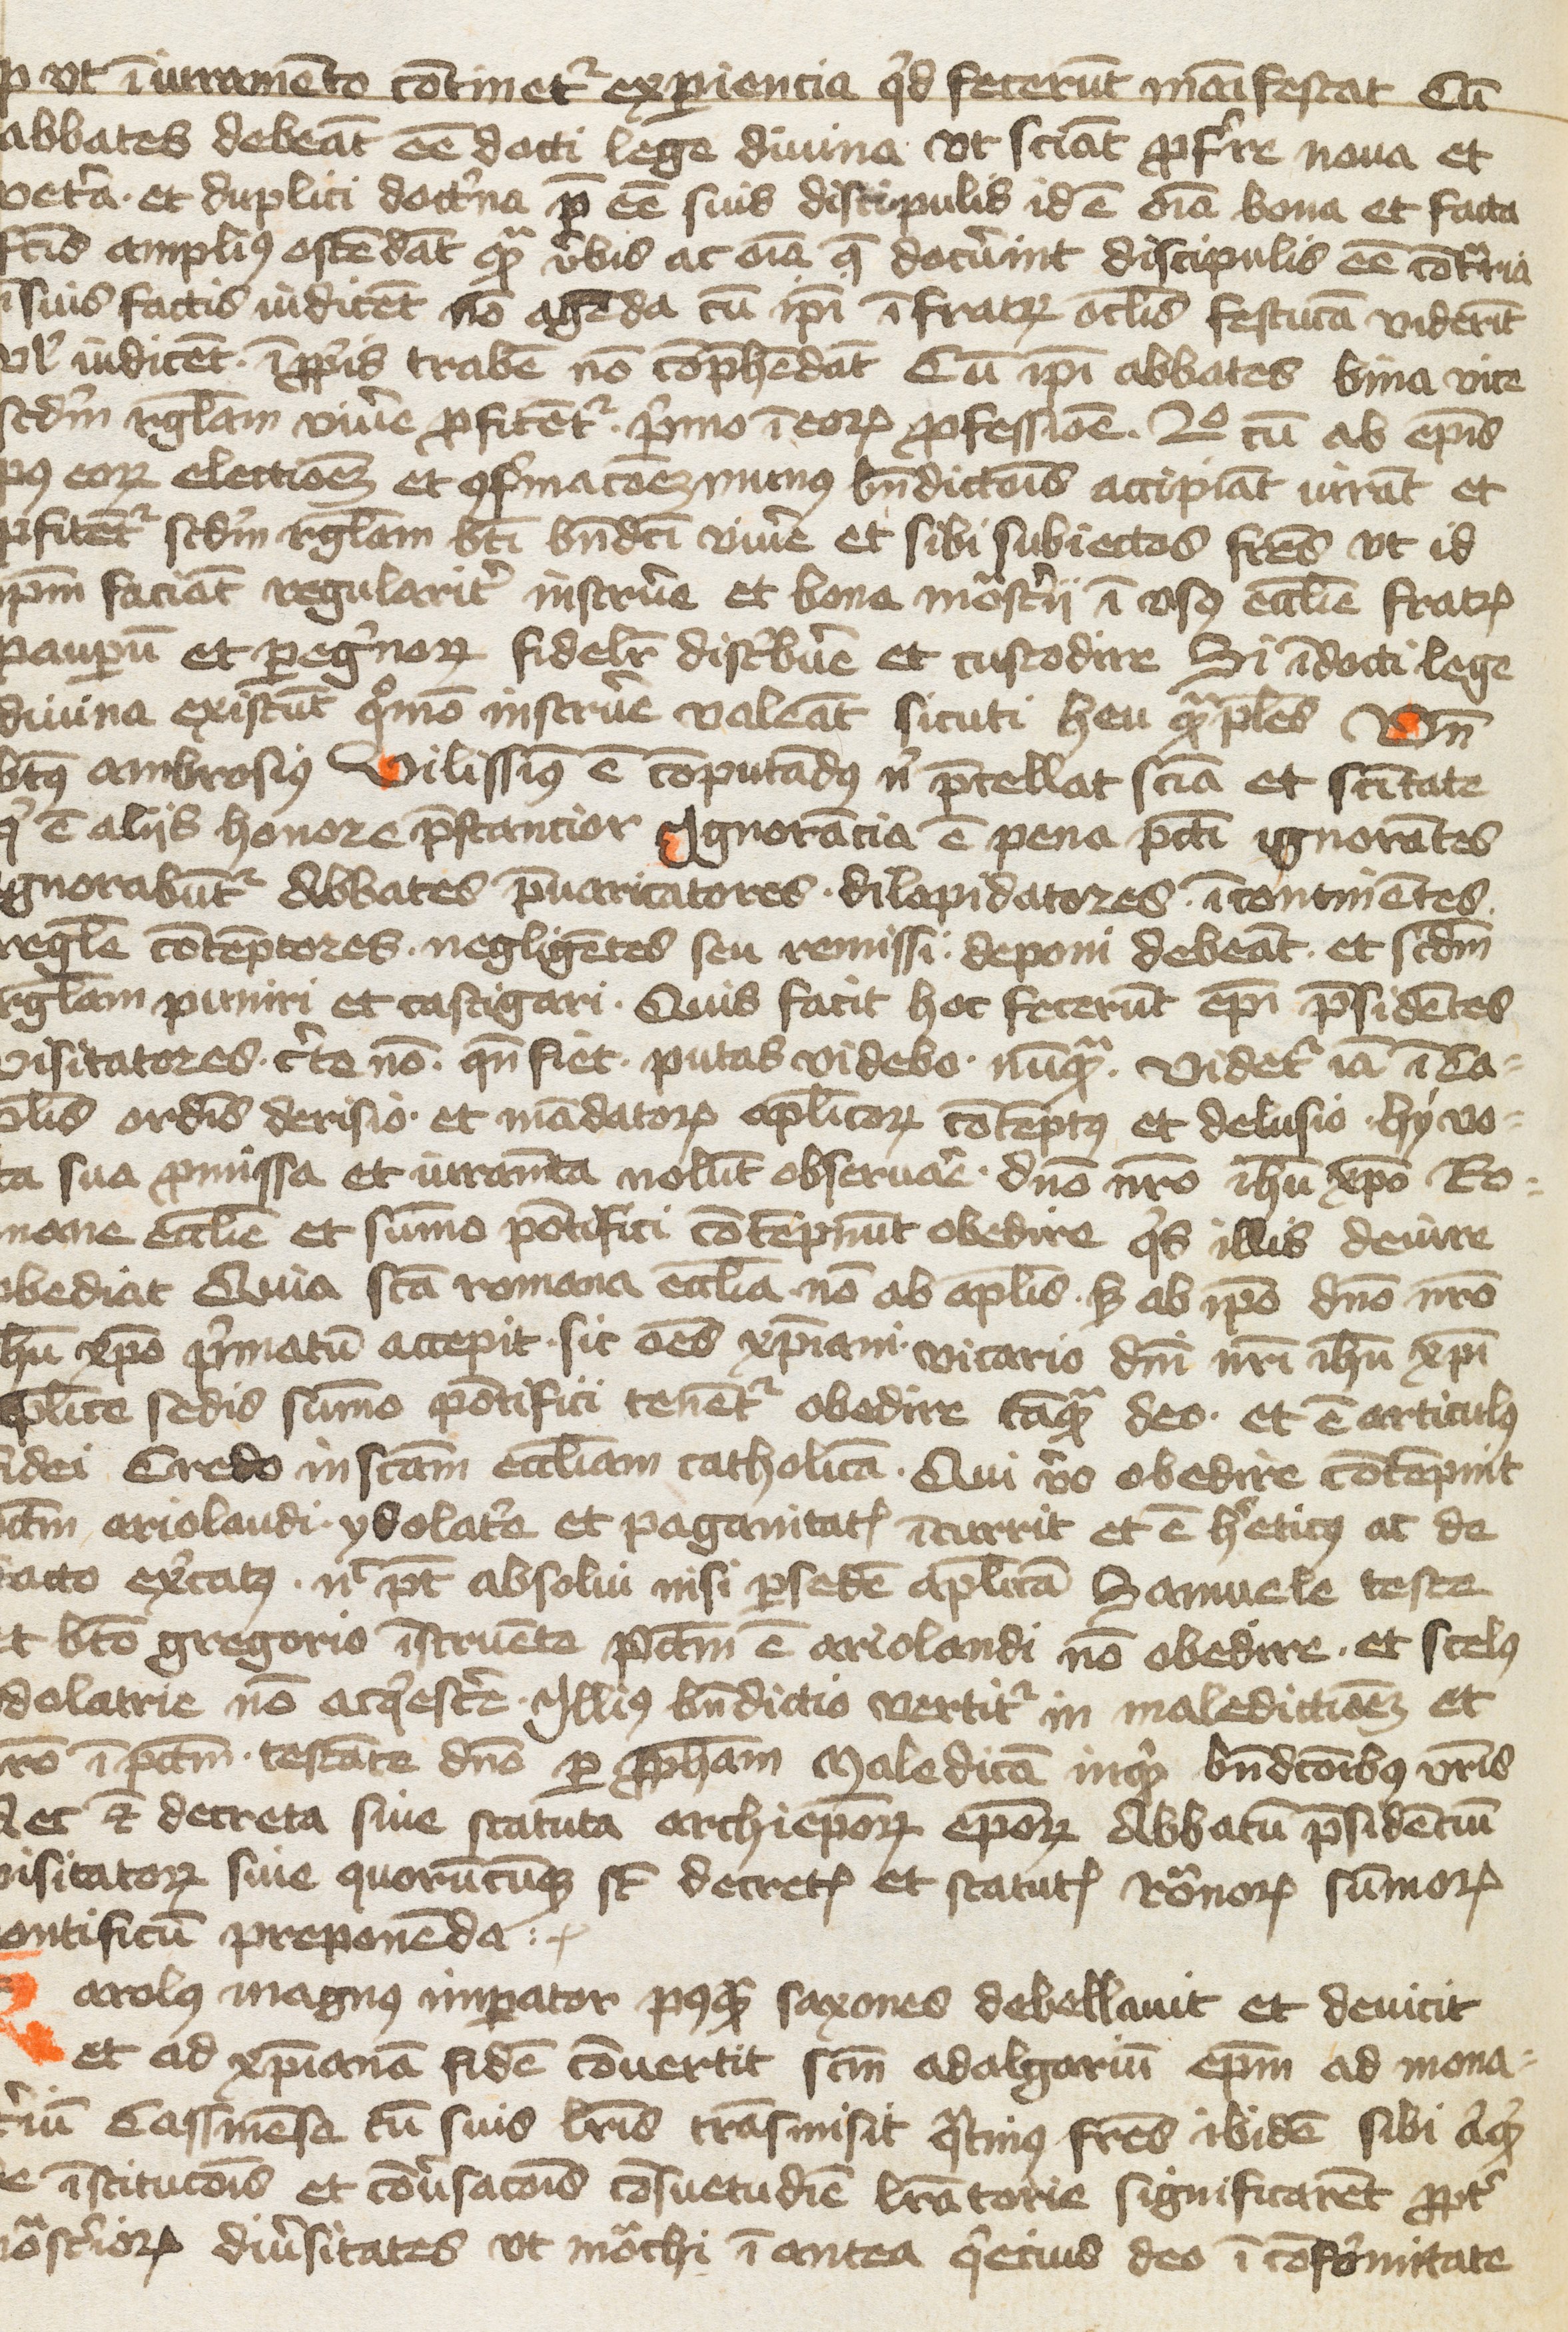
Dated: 1400–1499